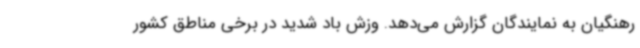
رهنگیان به نمایندگان گزارش می‌دهد. وزش باد شدید در برخی مناطق کشور